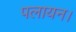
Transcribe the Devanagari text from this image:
पलायन।